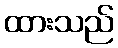
ထားသည်